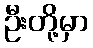
ဦးတို့မှာ